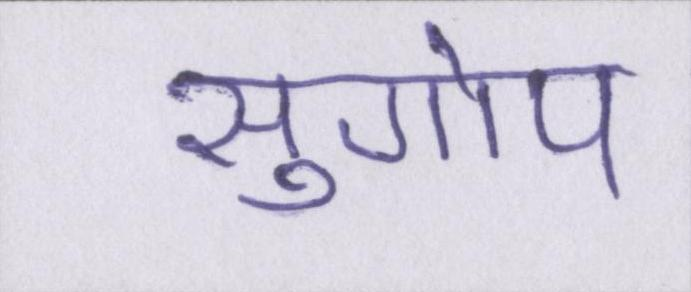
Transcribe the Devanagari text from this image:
सुगोप